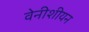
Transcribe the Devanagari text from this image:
वेनीशीयन